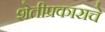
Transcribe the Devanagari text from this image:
शेतीप्रकाराचे